画像に写った文字を読んでください
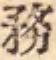
「務」と書いてあります